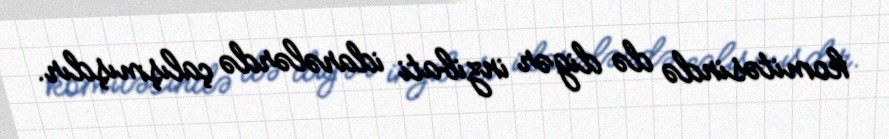
komitəsində də digər inzibati idarələrdə çalışmışdır.